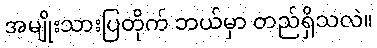
အမျိုးသားပြတိုက် ဘယ်မှာ တည်ရှိသလဲ။